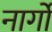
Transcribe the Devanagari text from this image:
नार्गों